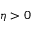
\eta > 0